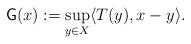
LaTeX: \begin{align*}\mathsf{G}(x):=\sup_{y\in X}\langle T(y),x-y\rangle.\end{align*}